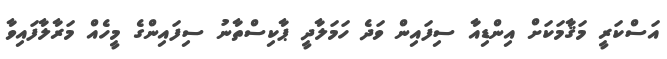
އަސްކަރީ މަޤާމަކަށް އިންޑިއާ ސިފައިން ވަދެ ހަމަލާދީ ޕާކިސްތާނު ސިފައިންގެ މީހެއް މަރާލާފައިވާ